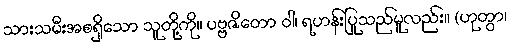
သားသမီးအစရှိသော သူတို့ကို။ ပဗ္ဗဇိတော ဝါ၊ ရဟန်းပြုသည်မူလည်း။ (ဟုတွာ၊